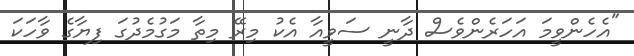
"އެހެންވީމަ އަހަރެންވެސް ދާނީ ސަވީއާ އެކު މިރޭ މިތާ މަގުމެދުގަ ފިޔާގެ ވާހަކަ